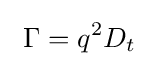
\ \Gamma =q^{2}D_{t}